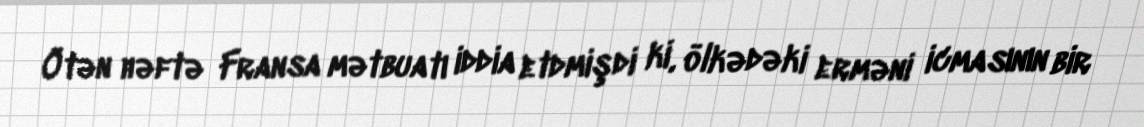
Ötən həftə Fransa mətbuatı iddia etdmişdi ki, ölkədəki erməni icmasının bir